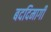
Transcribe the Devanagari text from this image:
बददिमागी